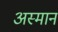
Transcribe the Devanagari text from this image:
अस्मान